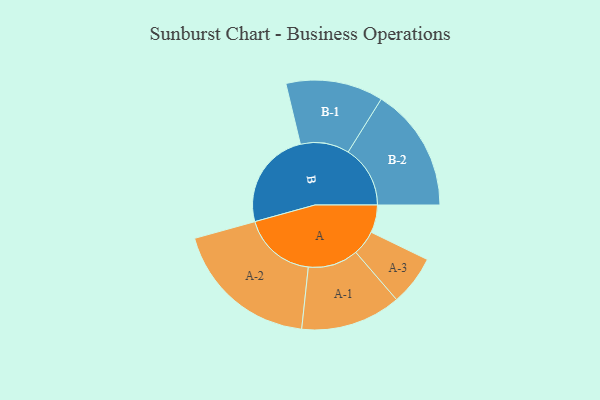
{"axis": {"x": "Segment", "y": "Value"}, "legend": ["", "A", "B"], "data": [{"x": "A", "y": 112, "type": ""}, {"x": "B", "y": 398, "type": ""}, {"x": "A-1", "y": 203, "type": "A"}, {"x": "A-2", "y": 296, "type": "A"}, {"x": "A-3", "y": 101, "type": "A"}, {"x": "B-1", "y": 197, "type": "B"}, {"x": "B-2", "y": 251, "type": "B"}]}